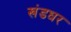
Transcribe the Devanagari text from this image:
खंडधर